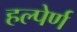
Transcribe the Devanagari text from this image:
हल्पेर्ण